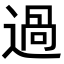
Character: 過